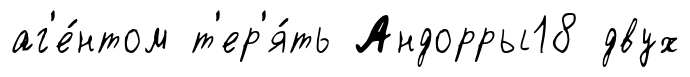
аг'е́нтом т'ер'я́ть Андорры18 двух